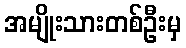
အမျိုးသားတစ်ဦးမှ